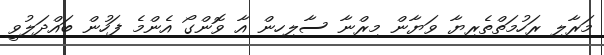
މަރާލި ރަހުމަތްތެރިޔާ ވަޔާން މިރްނާ ސާލިހިން އާ ވޮންގޯ އެންމެ ފަހުން ބައްދަލުވީ